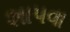
શાપવા